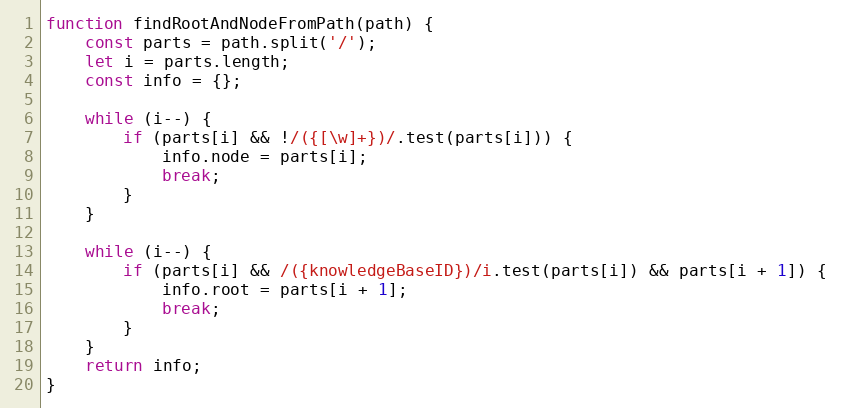
Language: JavaScript
function findRootAndNodeFromPath(path) {
    const parts = path.split('/');
    let i = parts.length;
    const info = {};

    while (i--) {
        if (parts[i] && !/({[\w]+})/.test(parts[i])) {
            info.node = parts[i];
            break;
        }
    }

    while (i--) {
        if (parts[i] && /({knowledgeBaseID})/i.test(parts[i]) && parts[i + 1]) {
            info.root = parts[i + 1];
            break;
        }
    }
    return info;
}